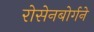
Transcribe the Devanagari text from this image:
रोसेनबोर्गने